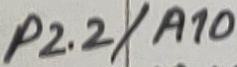
Text: P2.2/A10